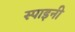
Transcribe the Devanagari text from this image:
स्पाइनी